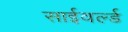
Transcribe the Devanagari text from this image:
साईवर्ल्ड